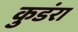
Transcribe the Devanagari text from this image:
कुडंरा